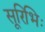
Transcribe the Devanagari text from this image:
सूरिभिः